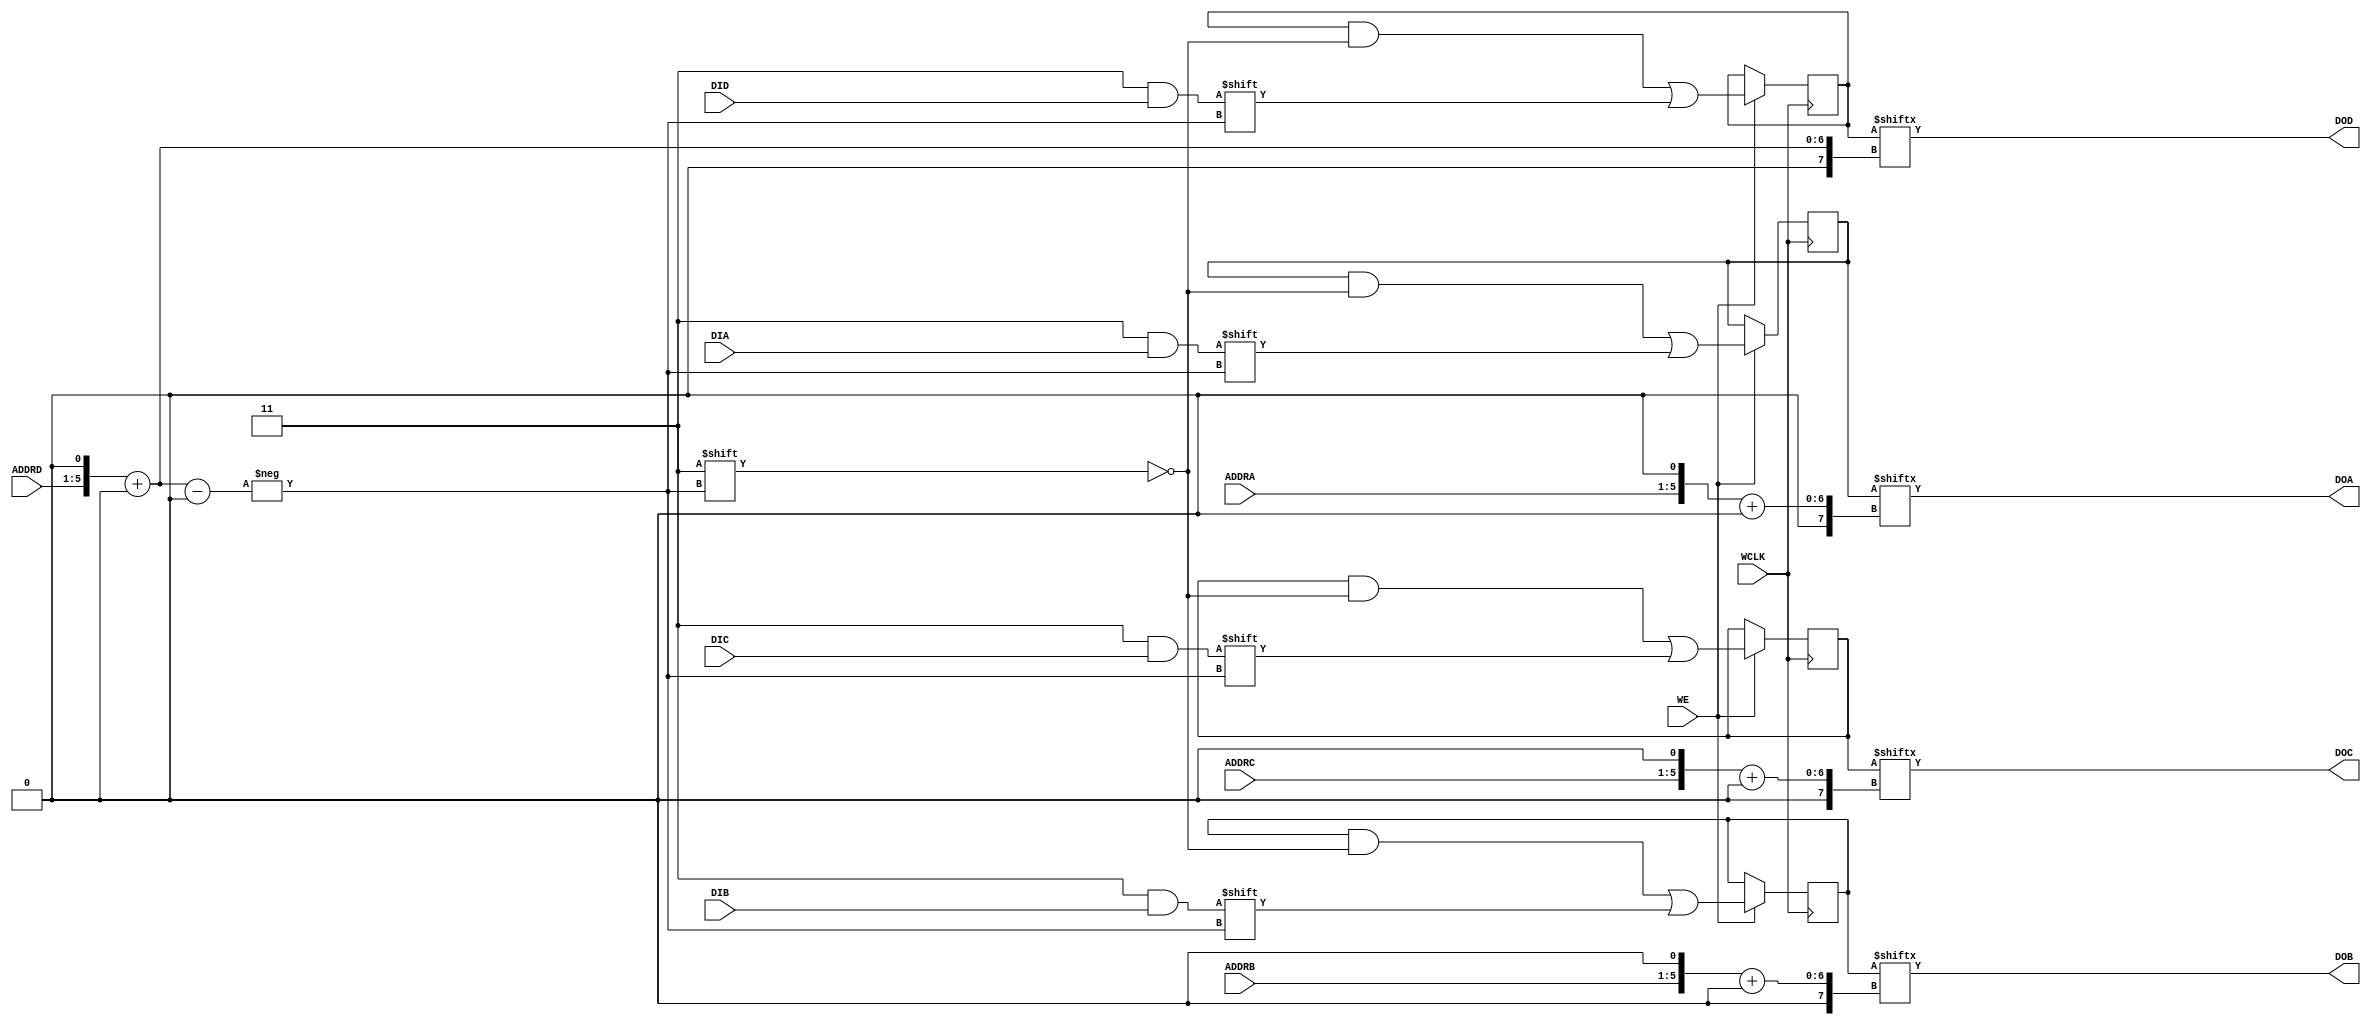
// This program was cloned from: https://github.com/fredrequin/verilator_xilinx
// License: BSD 2-Clause "Simplified" License

`ifdef verilator3
`else
`timescale 1 ps / 1 ps
`endif
//
// RAM32M primitive for Xilinx FPGAs
// Compatible with Verilator tool (www.veripool.org)
// Copyright (c) 2019-2022 Frdric REQUIN
// License : BSD
//

/* verilator coverage_off */
module RAM32M
#(
    parameter  [63:0] INIT_A           = 64'h0,
    parameter  [63:0] INIT_B           = 64'h0,
    parameter  [63:0] INIT_C           = 64'h0,
    parameter  [63:0] INIT_D           = 64'h0,
    parameter   [0:0] IS_WCLK_INVERTED = 1'b0
)
(
    // Write clock
    input  wire       WCLK,
    // Write enable
    input  wire       WE,
    // Port A
    input  wire [4:0] ADDRA,
    input  wire [1:0] DIA,
    output wire [1:0] DOA,
    // Port B
    input  wire [4:0] ADDRB,
    input  wire [1:0] DIB,
    output wire [1:0] DOB,
    // Port C
    input  wire [4:0] ADDRC,
    input  wire [1:0] DIC,
    output wire [1:0] DOC,
    // Port D
    input  wire [4:0] ADDRD,
    input  wire [1:0] DID,
    output wire [1:0] DOD
);
    // 64 x 4-bit Select RAM
    reg [63:0] _r_mem_a;
    reg [63:0] _r_mem_b;
    reg [63:0] _r_mem_c;
    reg [63:0] _r_mem_d;

    // Power-up value
    initial begin : INIT_STATE
        _r_mem_a = INIT_A;
        _r_mem_b = INIT_B;
        _r_mem_c = INIT_C;
        _r_mem_d = INIT_D;
    end
    
    // Synchronous memory write
    generate
        if (IS_WCLK_INVERTED) begin : GEN_WCLK_NEG
            always @(negedge WCLK) begin : MEM_WRITE
            
                if (WE) begin
                    _r_mem_a[{ ADDRD, 1'b0 } +: 2] <= DIA;
                    _r_mem_b[{ ADDRD, 1'b0 } +: 2] <= DIB;
                    _r_mem_c[{ ADDRD, 1'b0 } +: 2] <= DIC;
                    _r_mem_d[{ ADDRD, 1'b0 } +: 2] <= DID;
                end
            end
        end
        else begin : GEN_WCLK_POS
            always @(posedge WCLK) begin : MEM_WRITE
            
                if (WE) begin
                    _r_mem_a[{ ADDRD, 1'b0 } +: 2] <= DIA;
                    _r_mem_b[{ ADDRD, 1'b0 } +: 2] <= DIB;
                    _r_mem_c[{ ADDRD, 1'b0 } +: 2] <= DIC;
                    _r_mem_d[{ ADDRD, 1'b0 } +: 2] <= DID;
                end
            end
        end
    endgenerate
    
    // Asynchronous memory read
    assign DOA = _r_mem_a[{ ADDRA, 1'b0 } +: 2];
    assign DOB = _r_mem_b[{ ADDRB, 1'b0 } +: 2];
    assign DOC = _r_mem_c[{ ADDRC, 1'b0 } +: 2];
    assign DOD = _r_mem_d[{ ADDRD, 1'b0 } +: 2];
    
endmodule
/* verilator coverage_on */